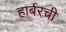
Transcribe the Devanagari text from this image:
हार्बरची